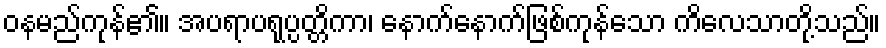
ဝနမည်ကုန်၏။ အပရာပရုပ္ပတ္တိကာ၊ နောက်နောက်ဖြစ်ကုန်သော ကိလေသာတို့သည်။